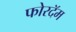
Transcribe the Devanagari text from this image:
फोरदॅम